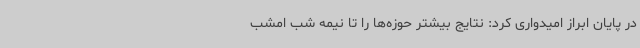
در پایان ابراز امیدواری کرد: نتایج بیشتر حوزه‌ها را تا نیمه شب امشب